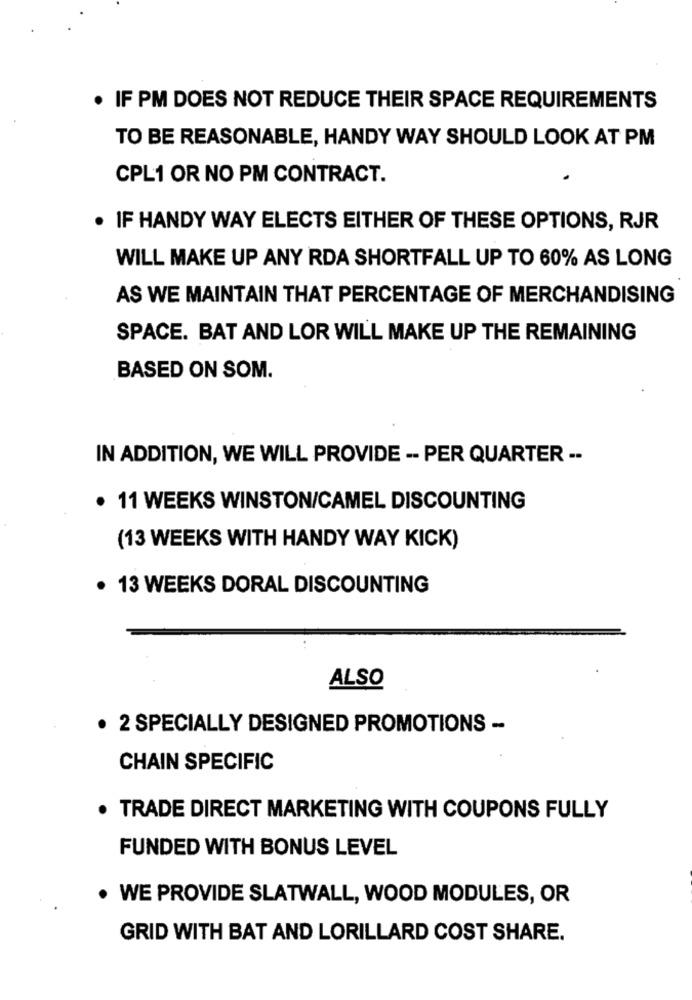
. IF PM DOES NOT REDUCE THEIR SPACE REQUIREMENTS
TO BE REASONABLE, HANDY WAY SHOULD LOOK AT PM
CPL1 OR NO PM CONTRACT.
. IF HANDY WAY ELECTS EITHER OF THESE OPTIONS, RJR
WILL MAKE UP ANY RDA SHORTFALL UP TO 60% AS LONG
AS WE MAINTAIN THAT PERCENTAGE OF MERCHANDISING
SPACE. BAT AND LOR WILL MAKE UP THE REMAINING
BASED ON SOM.
IN ADDITION, WE WILL PROVIDE -- PER QUARTER --
· 11 WEEKS WINSTON/CAMEL DISCOUNTING
(13 WEEKS WITH HANDY WAY KICK)
. 13 WEEKS DORAL DISCOUNTING
ALSO
· 2 SPECIALLY DESIGNED PROMOTIONS -
CHAIN SPECIFIC
. TRADE DIRECT MARKETING WITH COUPONS FULLY
FUNDED WITH BONUS LEVEL
· WE PROVIDE SLATWALL, WOOD MODULES, OR
GRID WITH BAT AND LORILLARD COST SHARE.